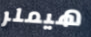
هيملر